system: You are a helpful assistant.
user:
Analyze the provided spectrum to determine if it is a **White Dwarf (WD)**.

A White Dwarf spectrum is defined by its **extreme purity** (due to gravitational settling) and/or **extreme pressure broadening** (due to high surface gravity). You must check for one of the following mutually exclusive signatures:

- **Key Visual Indicators (Check for ONE of these types):**

    - **1. DA-Type Signature (Most Common):**
        - **(Primary Feature):** Extreme pressure broadening (Stark broadening) of the **Hydrogen (H) Balmer lines**.
        - **(Key Lines):** $H\beta$ (approx. $4861$ Å) and $H\gamma$ (approx. $4340$ Å). $H\alpha$ (approx. $6563$ Å) will also be present if the wavelength range covers it.
        - **(Line Profile):** This is the **defining feature**. The lines are **NOT** sharp. They appear as massive, **extremely broad and deep "troughs" or "dips"** in the spectrum, often hundreds of Ångströms wide. The continuum will appear to "scoop" down at these wavelengths.
        - **(Distinction):** Normal A-type or B-type stars have *narrow* and *sharp* Hydrogen lines. A DA White Dwarf's lines are unmistakably "smeared" or "blurry" from pressure.

    - **2. DB-Type Signature:**
        - **(Primary Feature):** Broad absorption lines from **Neutral Helium (He I)**. The spectrum must lack any visible Hydrogen lines.
        - **(Key Lines):** Look for broad absorption near $4471$ Å, $4921$ Å, and $5876$ Å.
        - **(Line Profile):** These lines are also significantly pressure-broadened, appearing much wider than they would in a normal B-type main-sequence star.

    - **3. DC-Type Signature:**
        - **(Primary Feature):** A **featureless continuous spectrum**.
        - **(Line Profile):** The spectrum is a smooth curve with **no significant absorption or emission lines**.
        - **(Key Confirmation):** The continuum is almost always **blue or white**, indicating a hot object. This signature implies the atmosphere is so pure (or so cool) that no spectral lines are visible in the optical range. Its WD identity is confirmed by its extremely low intrinsic brightness (high absolute magnitude).

    - **4. DZ-Type Signature (Metal-Polluted):**
        - **(Primary Feature):** **Isolated, narrow metal absorption lines** on an otherwise featureless (DC-like) continuum.
        - **(Key Lines):** The **Calcium (Ca II) H & K doublet** (approx. **$3934$ Å** and **$3968$ Å**) is the most common and defining feature.
        - **(Line Profile):** These lines are "out of place." They are *not* part of a "forest" of thousands of lines. This signature is evidence of recent *accretion* (pollution) from rocky debris.
        - **(Distinction):** Normal G/K/M stars have a *dense forest* of thousands of metal lines. A DZ has a *clean* continuum with *only a few* strong metal lines.

    - **5. DQ-Type Signature (Carbon-Polluted):**
        - **(Primary Feature):** Absorption bands from **Carbon (C₂ "Swan Bands" or atomic C I)**.
        - **(Key Lines - C₂):** Look for bandheads with a "saw-tooth" shape near $5635$ Å, **$5165$ Å** (strongest), and $4737$ Å.
        - **(Key Confirmation):** The underlying **continuum must be blue or white** (hot).
        - **(Distinction):** This is the critical difference from a **Carbon Star**, which has the *exact same* C₂ bands but on an extremely **red, cool** continuum.

- **(Overall Spectrum):**
    - The continuum (overall shape) is typically **blue-sloping** (brighter in the blue than the red), as most white dwarfs are very hot.
    - The spectrum will look "pure" or "simple," dominated by only *one* of the five signatures listed above.

Think first, call **spectral_visualization_tool** if needed to examine features in detail, then provide your final answer. Your response must adhere to the following strict rules:
1.  **Overall Structure:** Your response must follow the format `<think>...</think> <tool_call>...</tool_call> (if a tool is used) <answer>...</answer>`.
2.  **Tool Usage Constraint:** You may only make **one** tool call per turn.
3.  **Final Answer Format:** In the `<answer>` tag, your conclusion must be inside a `\boxed{}` command (e.g., `\boxed{YES}` or `\boxed{NO}`), followed by your justification.

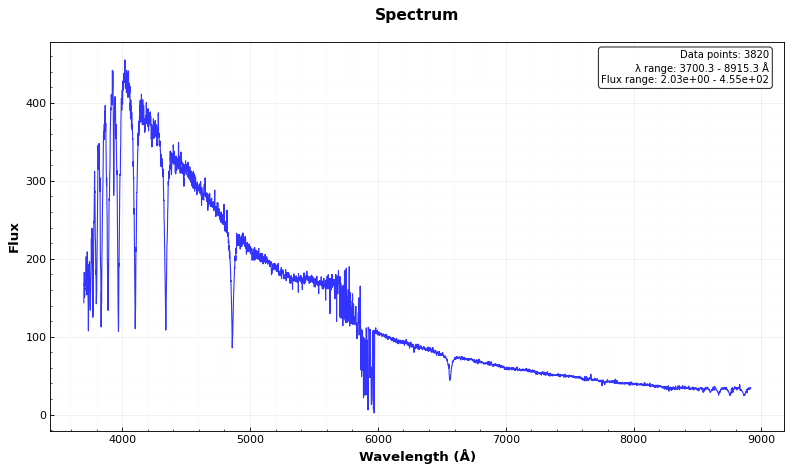
Answer: NO